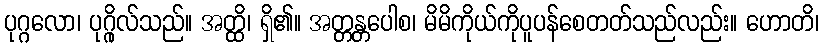
ပုဂ္ဂလော၊ ပုဂ္ဂိုလ်သည်။ အတ္ထိ၊ ရှိ၏။ အတ္တန္တပေါစ၊ မိမိကိုယ်ကိုပူပန်စေတတ်သည်လည်း။ ဟောတိ၊